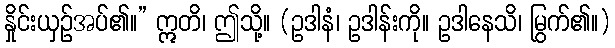
နှိုင်းယှဉ်အပ်၏။” ဣတိ၊ ဤသို့။ (ဥဒါနံ၊ ဥဒါန်းကို။ ဥဒါနေသိ၊ မြွက်၏။)